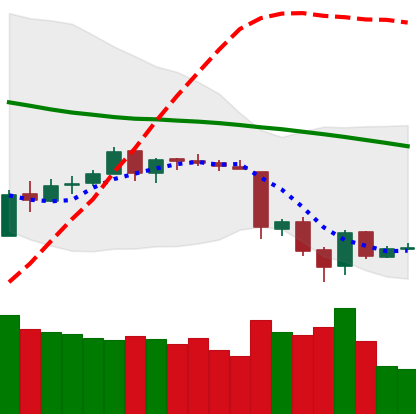
Ticker: ETH-USD
Chart end date: 2018-06-17
Forward return: -6.92%
Label: down_5_7